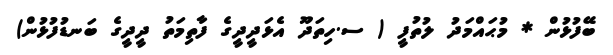
ބޭފުޅުން * މުޙައްމަދު ލުތުފީ ( ސ.ހިތަދޫ އެޅަދީދީގެ ފާތިމަތު ދީދީގެ ބަނޑުފުޅުން)